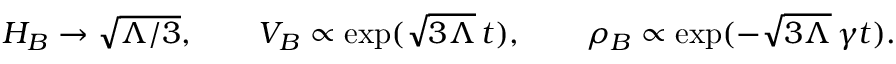
H _ { B } \to \sqrt { \Lambda / 3 } , \qquad V _ { B } \propto \exp ( \sqrt { 3 \Lambda } \, t ) , \qquad \rho _ { B } \propto \exp ( - \sqrt { 3 \Lambda } \, \gamma t ) .